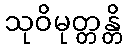
သုဝိမုတ္တန္တိ